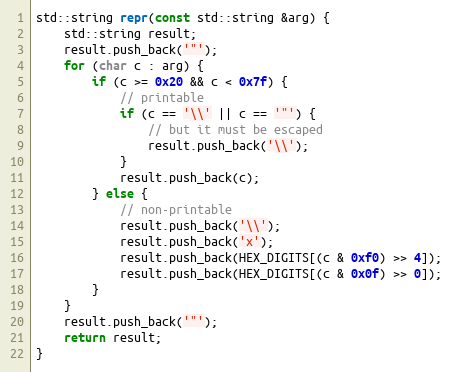
Language: C++
std::string repr(const std::string &arg) {
	std::string result;
	result.push_back('"');
	for (char c : arg) {
		if (c >= 0x20 && c < 0x7f) {
			// printable
			if (c == '\\' || c == '"') {
				// but it must be escaped
				result.push_back('\\');
			}
			result.push_back(c);
		} else {
			// non-printable
			result.push_back('\\');
			result.push_back('x');
			result.push_back(HEX_DIGITS[(c & 0xf0) >> 4]);
			result.push_back(HEX_DIGITS[(c & 0x0f) >> 0]);
		}
	}
	result.push_back('"');
	return result;
}